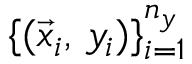
\{ ( \vec { x } _ { i } , \, y _ { i } ) \} _ { i = 1 } ^ { n _ { y } }